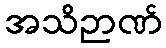
အသိဉာဏ်